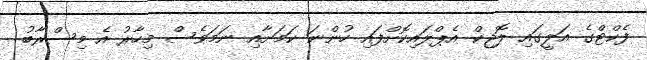
ފެކްޓްގެ އަލީގައި ލޮޖިކް އެޕްލައިކޮށްފައި ހުންނަ ކަމަށާއި ނަމަވެސް މިހާރު އެ މިސްރާބު